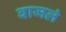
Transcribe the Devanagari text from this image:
वाजलं